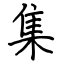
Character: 集